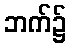
ဘက်၌